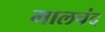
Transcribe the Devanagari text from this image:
मालचंद